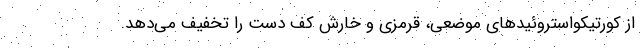
از کورتیکواستروئیدهای موضعی، قرمزی و خارش کف دست را تخفیف می‌دهد.